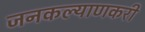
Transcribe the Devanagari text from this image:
जनकल्याणकरी